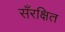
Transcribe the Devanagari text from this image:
सँरक्षित